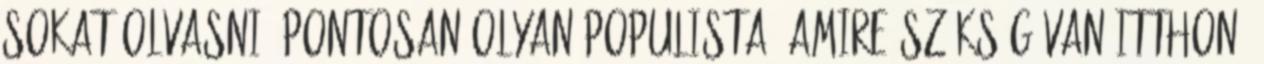
sokat olvasni, pontosan olyan populista, amire szükség van itthon.